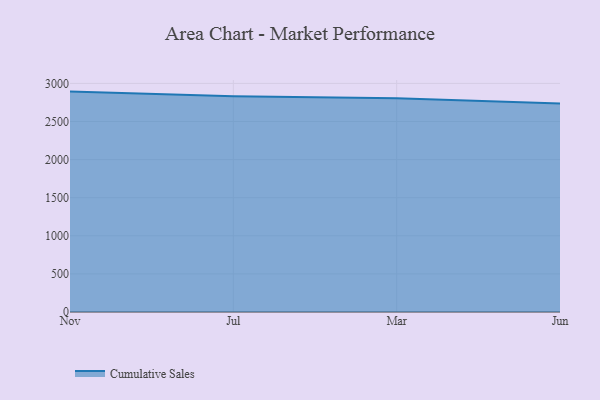
{"axis": {"x": "Month", "y": "Latency (ms)"}, "legend": ["Cumulative Sales"], "data": [{"x": "Nov", "y": 2892.5, "type": "Cumulative Sales"}, {"x": "Jul", "y": 2831.9, "type": "Cumulative Sales"}, {"x": "Mar", "y": 2803.8, "type": "Cumulative Sales"}, {"x": "Jun", "y": 2736.7, "type": "Cumulative Sales"}]}